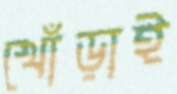
খোঁড়াই